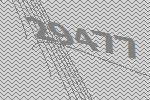
29477